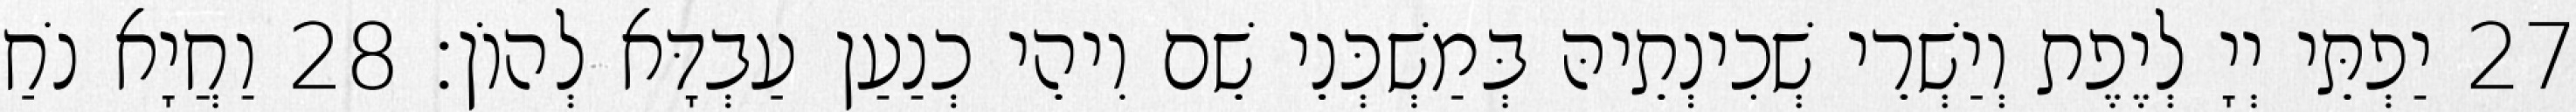
27 יַפְתֵּי יְיָ לְיֶפֶת וְיַשְׁרֵי שְׁכִינְתֵיהּ בְּמַשְׁכְּנֵי שֵׁם וִיהֵי כְנַעַן עַבְדָּא לְהוֹן׃ 28 וַחֲיָא נֹחַ